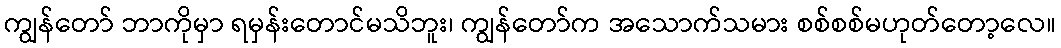
ကျွန်တော် ဘာကိုမှာ ရမှန်းတောင်မသိဘူး၊ ကျွန်တော်က အသောက်သမား စစ်စစ်မဟုတ်တော့လေ။